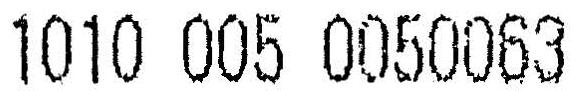
1010 005 0050063